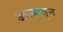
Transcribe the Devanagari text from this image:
आग्र्यातुन